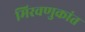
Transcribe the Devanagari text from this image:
मिरवणुकांत